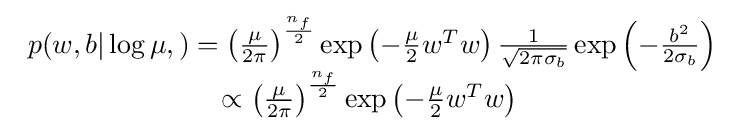
{\begin{array}{l}p(w,b|\log \mu ,)=\left({\frac {\mu }{2\pi }}\right)^{\frac {n_{f}}{2}}\exp \left({-{\frac {\mu }{2}}w^{T}w}\right){\frac {1}{\sqrt {2\pi \sigma _{b}}}}\exp \left({-{\frac {b^{2}}{2\sigma _{b}}}}\right)\\\quad \quad \quad \quad \quad \quad \quad \propto \left({\frac {\mu }{2\pi }}\right)^{\frac {n_{f}}{2}}\exp \left({-{\frac {\mu }{2}}w^{T}w}\right)\end{array}}